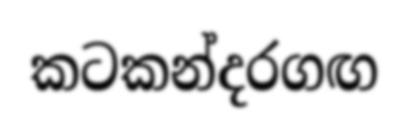
කටකන්දරගඟ